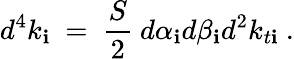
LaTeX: d^{4}k_{\mathbf{i}}\ =\ \frac{S}{2}\ d\alpha_{\mathbf{i}}d\beta_{\mathbf{i}}d^{2}k_{t\mathbf{i}}\ .